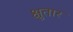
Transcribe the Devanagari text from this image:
क्षुतार